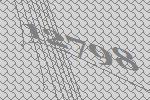
12798